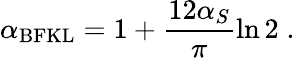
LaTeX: \alpha_{\mathrm{BFKL}}=1+\frac{12\alpha_{S}}{\pi}\ln 2\; .